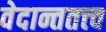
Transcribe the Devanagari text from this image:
वेदान्ततत्त्‍व